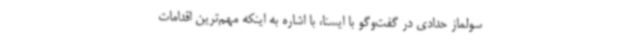
سولماز حدادی در گفت‌وگو با ایسنا، با اشاره به اینکه مهم‌ترین اقدامات